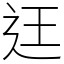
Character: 迋